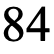
84